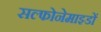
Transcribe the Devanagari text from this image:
सल्फोनेमाइडों